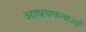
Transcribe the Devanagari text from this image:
आवयकताओं